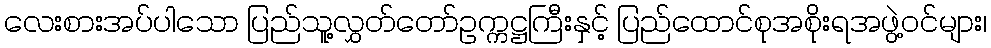
လေးစားအပ်ပါသော ပြည်သူ့လွှတ်တော်ဥက္ကဋ္ဌကြီးနှင့် ပြည်ထောင်စုအစိုးရအဖွဲ့ဝင်များ၊